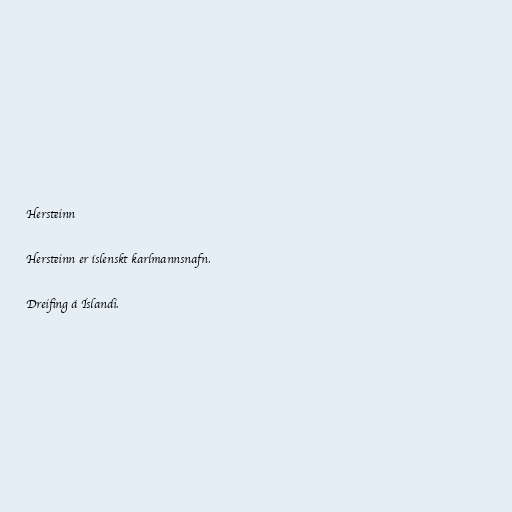
Hersteinn

Hersteinn er íslenskt karlmannsnafn.

Dreifing á Íslandi.